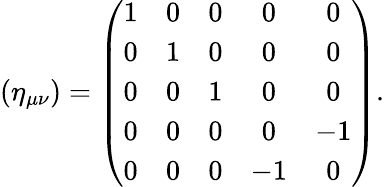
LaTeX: ({\eta}_{\mu\nu})=\left(\begin{array}{ccccc}{{1}}&{{0}}&{{0}}&{{0}}&{{0}}\\ {{0}}&{{1}}&{{0}}&{{0}}&{{0}}\\ {{0}}&{{0}}&{{1}}&{{0}}&{{0}}\\ {{0}}&{{0}}&{{0}}&{{0}}&{{-1}}\\ {{0}}&{{0}}&{{0}}&{{-1}}&{{0}}\end{array}\right).